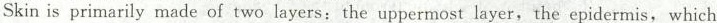
Skin is primarily made of two layers: the uppermost layer, the epidermis, which